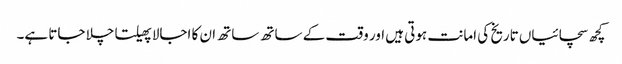
کچھ سچائیاں تاریخ کی امانت ہوتی ہیں اور وقت کے ساتھ ساتھ ان کا اجالا پھیلتا چلا جاتا ہے۔